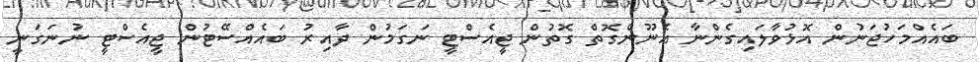
ބައެއްމަހުޖަނުން އޮޅުވާލައިގެންނާ އެނޫންގޮތް ގޮތުން ޖީއެސްޓީ ނަގަމުން ދާއިރު ބައެއްސޭޓުން ޖީއެސްޓީ ނުނަގަނީ